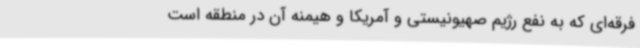
فرقه‌ای که به نفع رژیم صهیونیستی و آمریکا و هیمنه آن در منطقه است